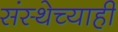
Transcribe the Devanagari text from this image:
संस्थेच्याही